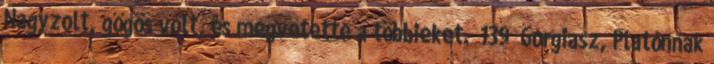
Nagyzolt, gőgös volt, és megvetette a többieket.” 139 Gorgiasz, Platónnak